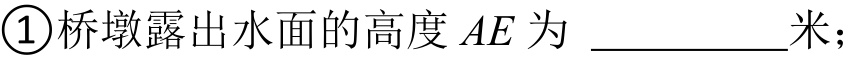
\textcircled{1}桥墩露出水面的高度\(AE\)为 \_\_\_\_\_\_米；